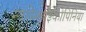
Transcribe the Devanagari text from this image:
न्यूरोग्लाइकोपिनिया